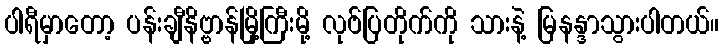
ပါရီမှာတော့ ပန်းချီနိဗ္ဗာန်မြို့ကြီးမို့ လုဗ်ပြတိုက်ကို သားနဲ့ မြနန္ဒာသွားပါတယ်။